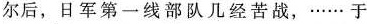
尔后，日军第一线部队几经苦战，……于